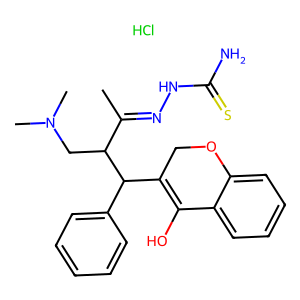
SMILES: CC(=NNC(N)=S)C(CN(C)C)C(C1=C(O)c2ccccc2OC1)c1ccccc1.Cl
Inhibits HIV replication: No